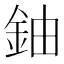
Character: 鈾